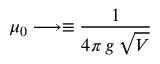
\mu _ { 0 } \longrightarrow \equiv { \frac { 1 } { 4 \pi \, g \, \sqrt V } }